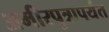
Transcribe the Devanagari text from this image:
अमीरपुत्रापर्यंत